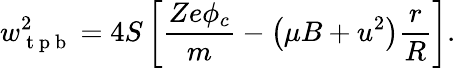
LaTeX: w_{\mathrm{~t~p~b~}}^{2}=4S\left[\frac{Ze\phi_{c}}{m}-\left(\mu B+u^{2}\right)\frac{r}{R}\right].